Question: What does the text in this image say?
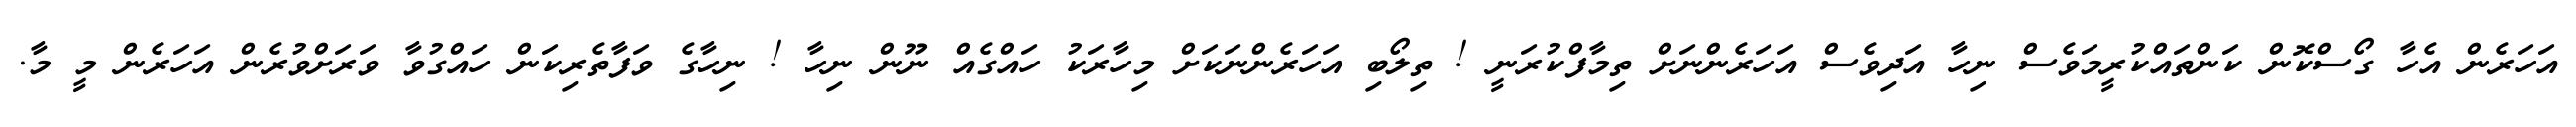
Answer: އަހަރެން އެހާ ގޯސްކޮން ކަންތައްކުރީމަވެސް ނިހާ އަދިވެސް އަހަރެންނަށް ތިމާފްކުރަނީ ! ތިލޯބި އަހަރެންނަކަށް މިހާރަކު ހައްގެއް ނޫން ނިހާ ! ނިހާގެ ވަފާތެރިކަން ހައްގުވާ ވަރަށްވުރެން އަހަރެން މީ މާ.